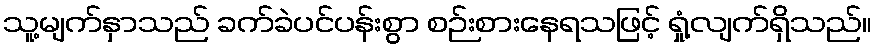
သူ့မျက်နှာသည် ခက်ခဲပင်ပန်းစွာ စဉ်းစားနေရသဖြင့် ရှုံ့လျက်ရှိသည်။